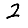
Digit: 2